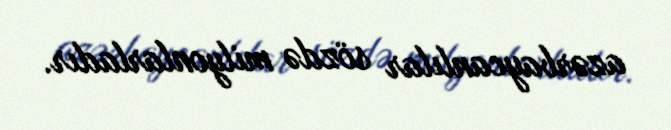
azərbaycanlılar sözdə milyonlarladır.